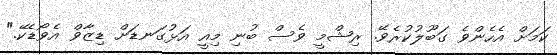
ކަަމަށް އެހެންވެ ގަބޫލުކުރެވޭ. ރިޝްމީ ވެސް ބުނި މިއީ އަޅުގަނޑަށް ޑިޒާވް އެވޯޑެކޭ."